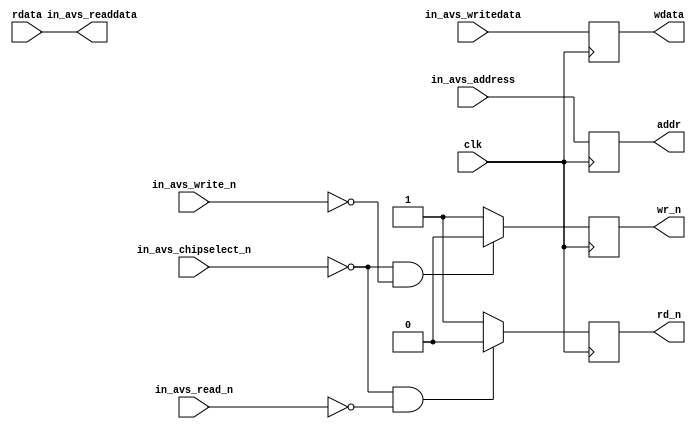
module avalon_slave_export
(
	input  clk,
	input  in_avs_chipselect_n,
	input  in_avs_write_n,
	input  in_avs_read_n,
	input  [8:0] in_avs_address,
	input  [31:0] in_avs_writedata,
	output [31:0] in_avs_readdata,
	
	output  reg wr_n,
	output  reg rd_n,
	output  reg [8:0] addr,
	output  reg [31:0] wdata,
	input  [31:0] rdata
);

always @(posedge clk)
	if((in_avs_chipselect_n==1'd0) && (in_avs_write_n==1'd0))
		wr_n<=1'd0;
	else
		wr_n<=1'd1;
		
always @(posedge clk)
	if((in_avs_chipselect_n==1'd0) && (in_avs_read_n==1'd0))
		rd_n<=1'd0;
	else
		rd_n<=1'd1;
		
always @(posedge clk)
	addr<=in_avs_address;
	
always @(posedge clk)
	wdata<=in_avs_writedata;


assign	in_avs_readdata=rdata;
	
endmodule